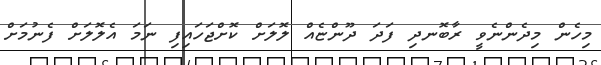
މިހެން މިދެންނެވީ ރާބޮނދި ފަދަ ދޫންޏެއް ލޮލަށް ކޮށްޖަހައިފި ނަމަ އެލޮލަށް ފެނުމަށް